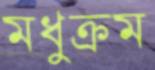
মধুক্রম